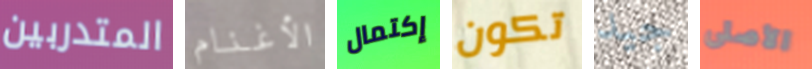
المتدربين الأغنام إكتمال تكون جيد الأصلى